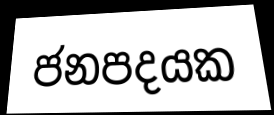
ජනපදයක